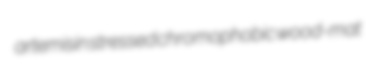
artemisin stressed chromophobic wood-mat